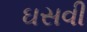
ઘસવી